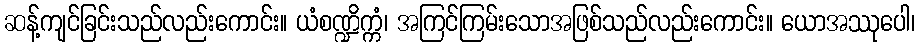
ဆန့်ကျင်ခြင်းသည်လည်းကောင်း။ ယံစဏ္ဍိက္ကံ၊ အကြင်ကြမ်းသောအဖြစ်သည်လည်းကောင်း။ ယောအဿုပေါ၊